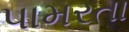
પામરતા